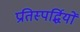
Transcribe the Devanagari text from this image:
प्रतिस्पर्द्धियों